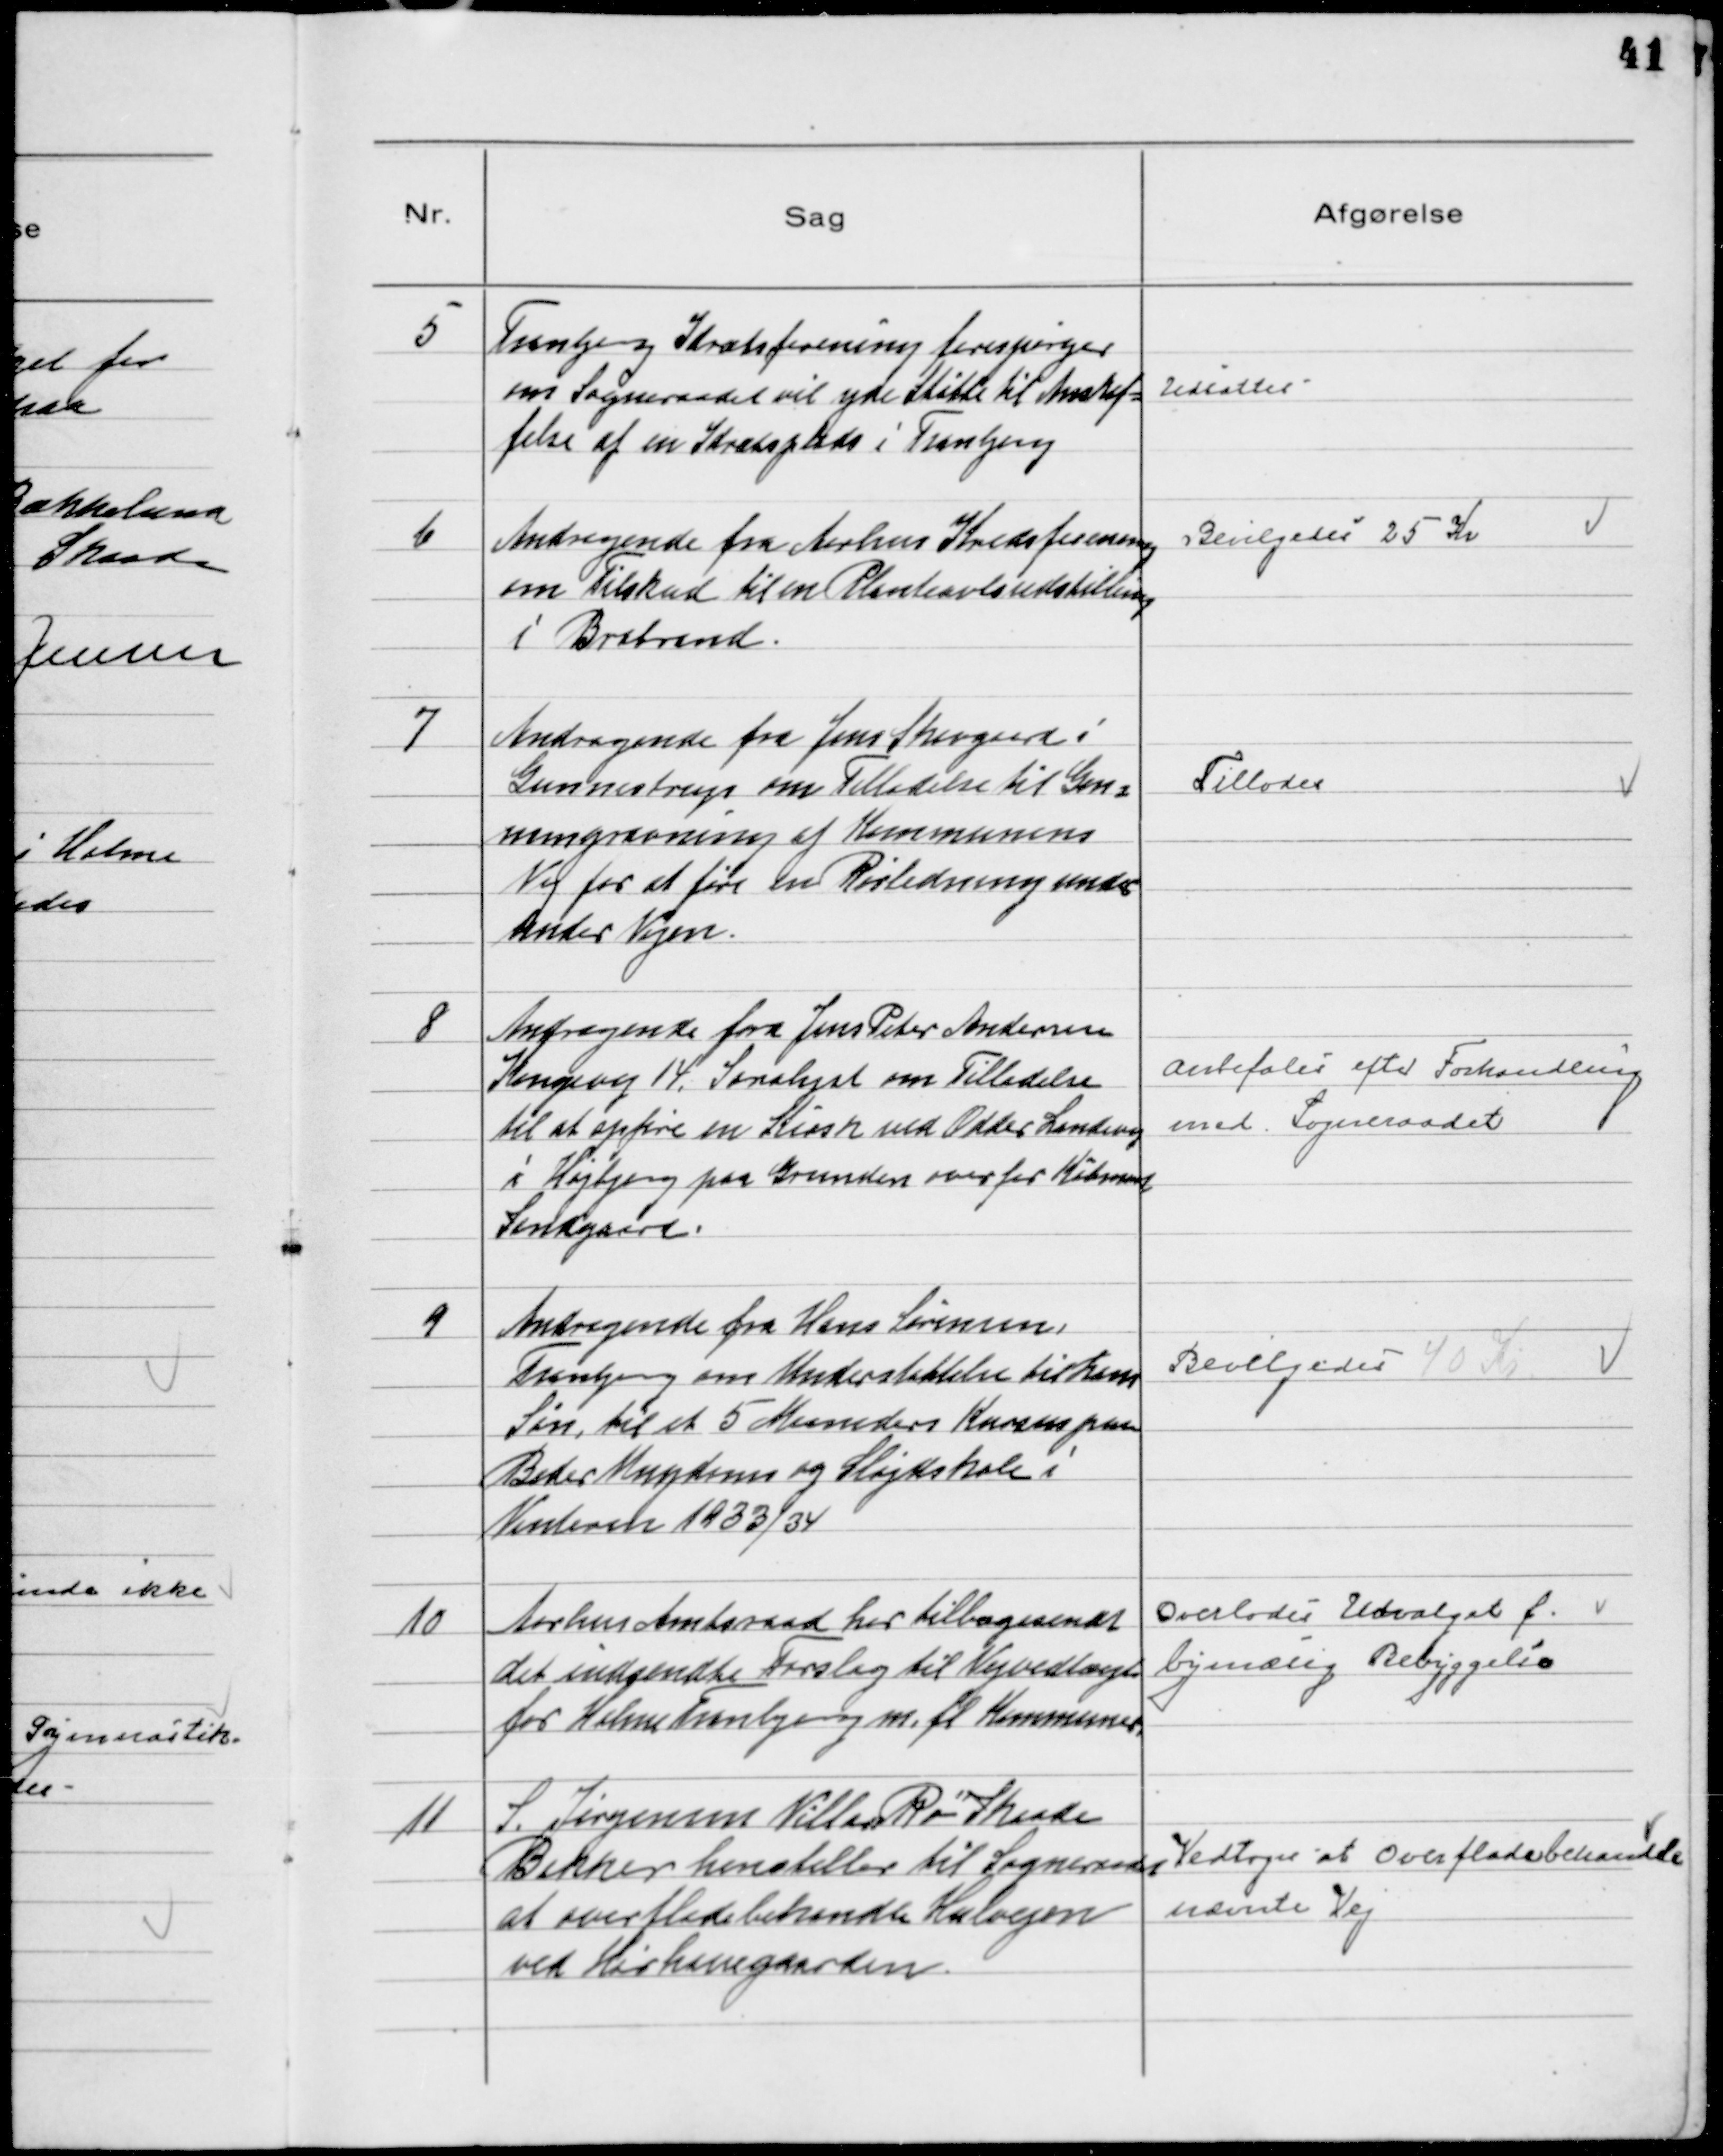
Transskription:
5
Tranbjerg Idrætsforening forespørger
om Sogneraadet vil yde Støtte til Anskaf-
felse af en Idrætsplads i Tranbjerg

Udsattes

6
Andragende fra Aarhus Kredsforening
om Tilskud til en Planteavlsudstilling
i Brabrand.

Bevilgedes 25 Kr

7
Andragende fra Jens Skovgaard i
Gunnestrup om Tilladelse til Gen-
nemgravning af Kommunens
Vej for at føre en Rørledning under
under Vejen.

Tillodes

8
Andragende fra Jens Peter Andersen
Kongevej 14, Saralyst om Tilladelse
til at opføre en Kiosk ved Odder Landevej
i Højbjerg paa Grunden overfor Købmand
Lindgaard.

Anbefales efter Forhandling
med Sogneraadet

9
Andragende fra Hans Sørensen,
Tranbjerg om Understøttelse til hans
Søn, til et 5 Maaneders Kursus paa
Beder Ungdoms og Sløjdskole i
Vinteren 1933/34

Bevilgedes 40 Kr

10
Aarhus Amtsraad har tilbagesendt
det indsendte Forslag til Vejvedtægt
for Holme Tranbjerg m. fl Kommuner

Overlodes Udvalget f.
bymæssig Bebyggelse

11
S. Jørgensen Villa "Ro" Skaade
Bekker henstiller til Sogneraadet
at overfladebehandle Hulvejen
ved Hørhavegaarden.

Vedtoges at Overfladebehandle
nævnte Vej